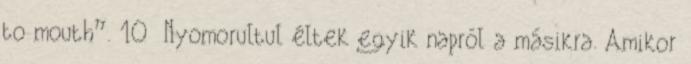
to mouth”. 10 Nyomorultul éltek egyik napról a másikra. Amikor